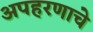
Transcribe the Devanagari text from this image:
अपहरणाचे